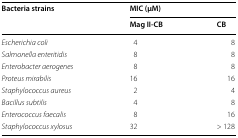
| <ROWSPAN=2> Bacteria strains | <COLSPAN=2> MIC (μM) |
 | Mag II-CB | CB |
 | --- | --- | --- |
 | Escherichia coli | 4 | 8 |
 | Salmonella enteritidis | 8 | 8 |
 | Enterobacter aerogenes | 8 | 8 |
 | Proteus mirabilis | 16 | 16 |
 | Staphylococcus aureus | 2 | 4 |
 | Bacillus subtilis | 4 | 8 |
 | Enterococcus faecalis | 8 | 16 |
 | Staphylococcus xylosus | 32 | > 128 |